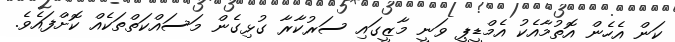
ކަން އެހެން އޮތުމާއެކު އެމްޑީޕީ ވަނީ މާޒީގައި ސަރުކާރާ ގުޅިގެން މަސައްކަތްތަކެއް ކޮށްފައެވެ.